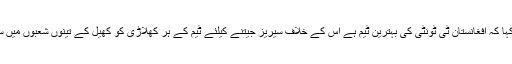
کورٹنی والش نے اپنے بیان میں کہا کہ افغانستان ٹی ٹونٹی کی بہترین ٹیم ہے اس کے خلاف سیریز جیتنے کیلئے ٹیم کے ہر کھلاڑی کو کھیل کے تینوں شعبوں میں سو فیصد کارکردگی دکھانا ہو گی۔